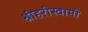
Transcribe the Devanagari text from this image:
श्रीहरीस्वामी